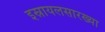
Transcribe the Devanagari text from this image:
इस्रायलसारख्या